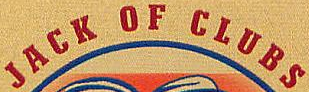
JACK OF CLUBS